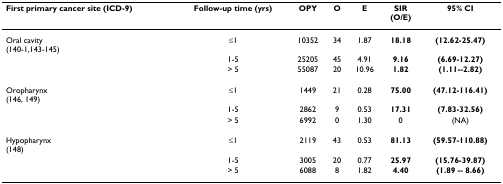
<table><thead><tr><td><b>First primary cancer site (ICD-9)</b></td><td><b>Follow-up time (yrs)</b></td><td><b>OPY</b></td><td><b>O</b></td><td><b>E</b></td><td><b>SIR(O/E)</b></td><td><b>95% CI</b></td></tr></thead><tbody><tr><td>Oral cavity(140-1,143-145)</td><td>≤1</td><td>10352</td><td>34</td><td>1.87</td><td><b>18.18</b></td><td><b>(12.62-25.47)</b></td></tr><tr><td></td><td>1-5</td><td>25205</td><td>45</td><td>4.91</td><td><b>9.16</b></td><td><b>(6.69-12.27)</b></td></tr><tr><td></td><td>&gt; 5</td><td>55087</td><td>20</td><td>10.96</td><td><b>1.82</b></td><td><b>(1.11--2.82)</b></td></tr><tr><td>Oropharynx(146, 149)</td><td>≤1</td><td>1449</td><td>21</td><td>0.28</td><td><b>75.00</b></td><td><b>(47.12-116.41)</b></td></tr><tr><td></td><td>1-5</td><td>2862</td><td>9</td><td>0.53</td><td><b>17.31</b></td><td><b>(7.83-32.56)</b></td></tr><tr><td></td><td>&gt; 5</td><td>6992</td><td>0</td><td>1.30</td><td>0</td><td>(NA)</td></tr><tr><td>Hypopharynx(148)</td><td>≤1</td><td>2119</td><td>43</td><td>0.53</td><td><b>81.13</b></td><td><b>(59.57-110.88)</b></td></tr><tr><td></td><td>1-5</td><td>3005</td><td>20</td><td>0.77</td><td><b>25.97</b></td><td><b>(15.76-39.87)</b></td></tr><tr><td></td><td>&gt; 5</td><td>6088</td><td>8</td><td>1.82</td><td><b>4.40</b></td><td><b>(1.89 -- 8.66)</b></td></tr></tbody></table>